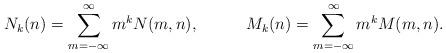
LaTeX: \begin{align*}&N_k(n) = \sum_{m=-\infty}^\infty m^k N(m,n),&M_k(n) = \sum_{m=-\infty}^\infty m^k M(m,n).\end{align*}